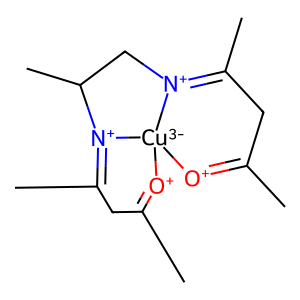
SMILES: CC1=[O+][Cu-3]23[O+]=C(C)CC(C)=[N+]2C(C)C[N+]3=C(C)C1
Inhibits HIV replication: No